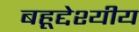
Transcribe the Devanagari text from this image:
बहूद्देश्यीय